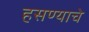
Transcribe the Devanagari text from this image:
हसण्याचे